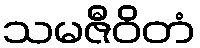
သမဇီဝိတံ